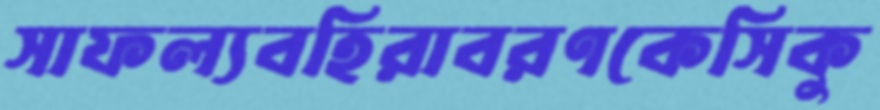
সাফল্যবহিরাবরণকেসিকু